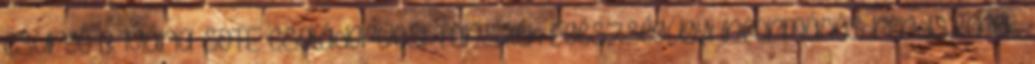
Csurgó B. Mária SOTE Családorvosi Tanszék Egészségügyi információs rendszerek,